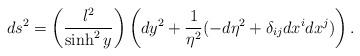
\begin{align*}ds^2= \left(\frac{l^2}{\sinh^2 y}\right)\left(d y^2 + \frac{1}{\eta^2} (-d \eta^2+ \delta_{ij} dx^i dx^j )\right).\end{align*}